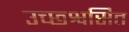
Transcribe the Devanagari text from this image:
उच्छ्श्वसित